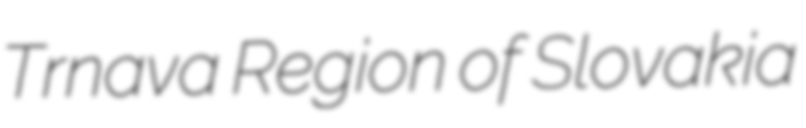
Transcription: Trnava Region of Slovakia